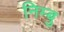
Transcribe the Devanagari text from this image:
निम्बु